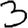
Digit: 3